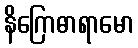
နိဂြောဓာရာမော